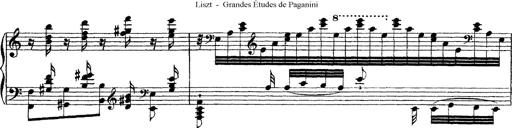
Title: Grandes Ã©tudes de Paganini
Composer: Franz Liszt